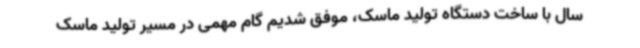
سال با ساخت دستگاه تولید ماسک، موفق شدیم گام مهمی در مسیر تولید ماسک